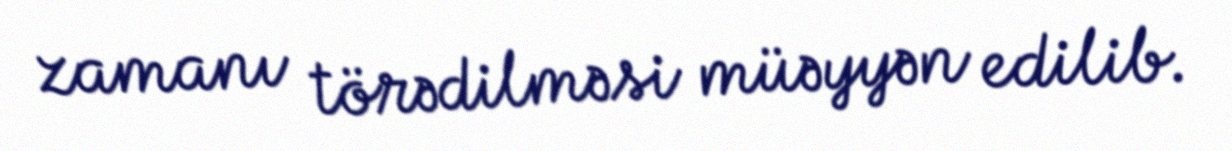
zamanı törədilməsi müəyyən edilib.